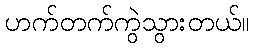
ဟက်တက်ကွဲသွားတယ်။